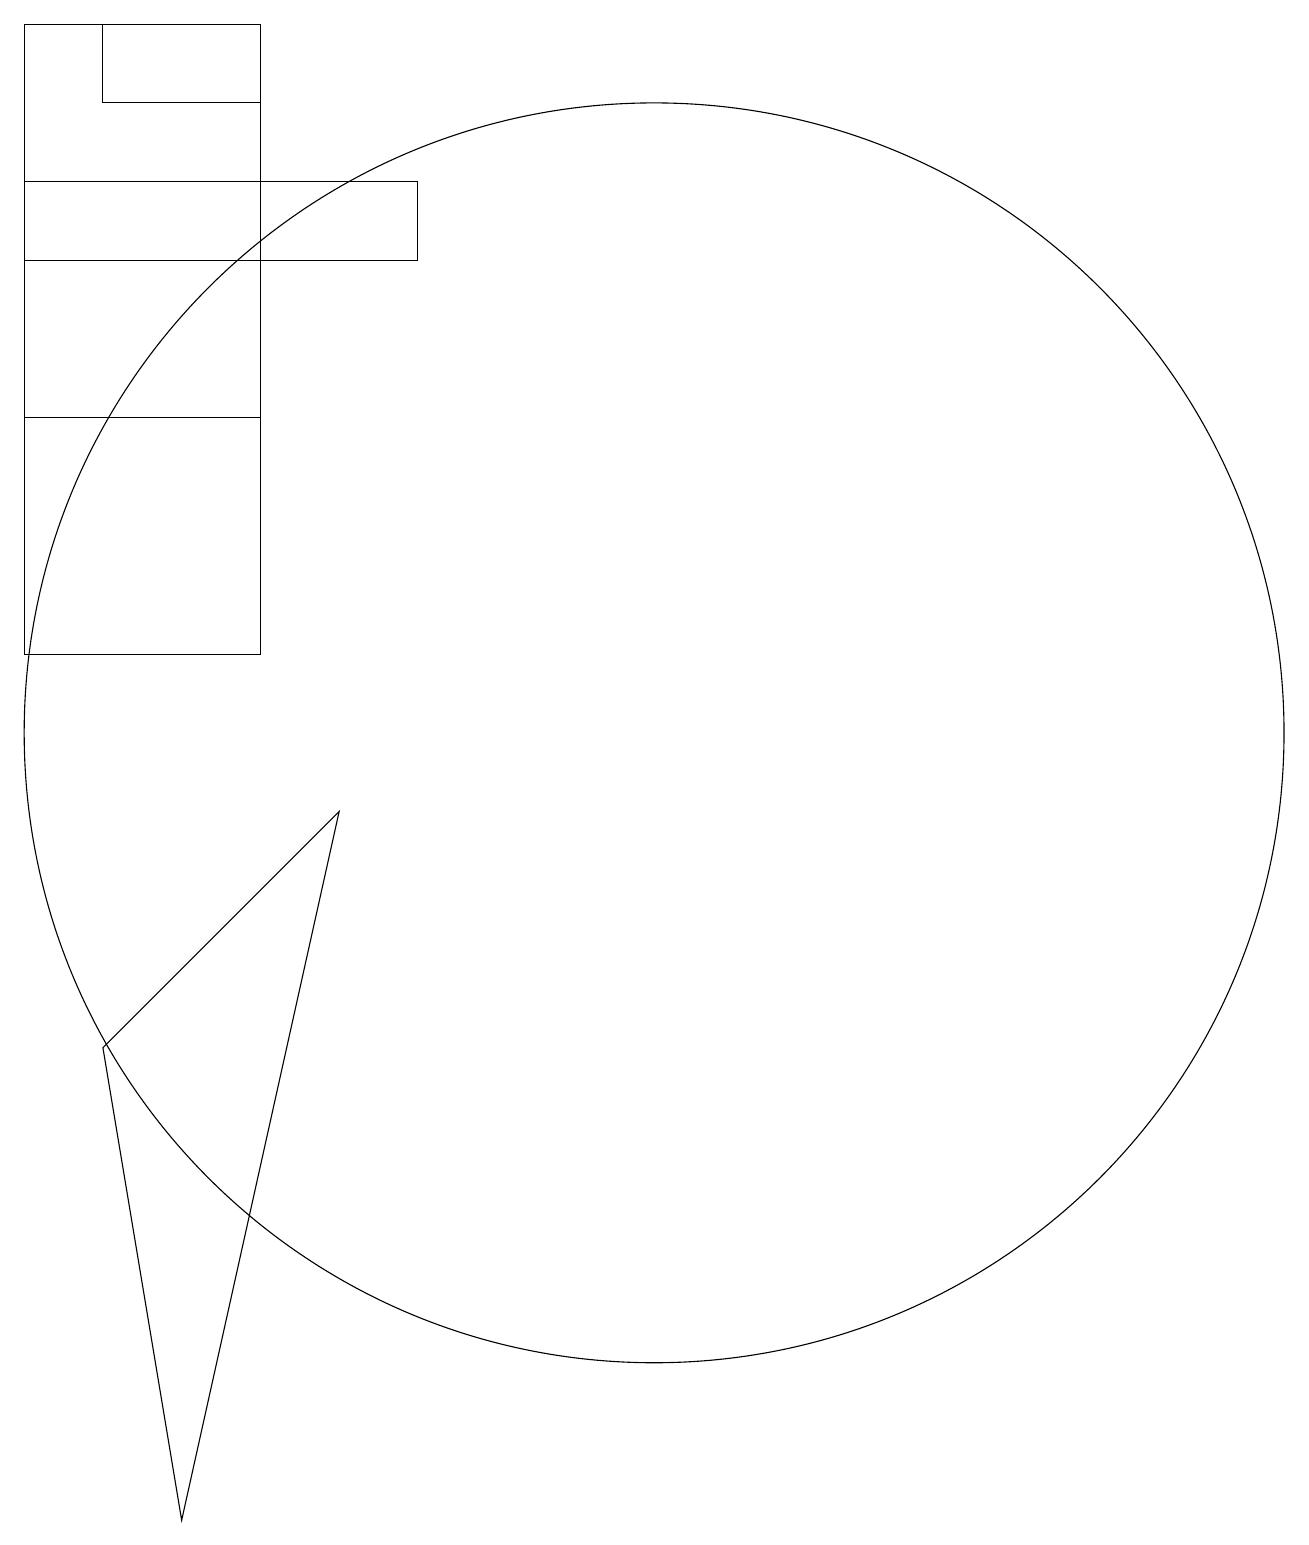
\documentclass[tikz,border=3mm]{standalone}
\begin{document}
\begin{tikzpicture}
\draw (4,18) rectangle (6,19);
\draw (3,16) rectangle (8,17);
\draw (3,11) rectangle (6,19);
\draw (3,11) rectangle (6,14);
\draw (7,9) -- (5,0) -- (4,6) -- cycle;
\draw (11,10) circle (8);
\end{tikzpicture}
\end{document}